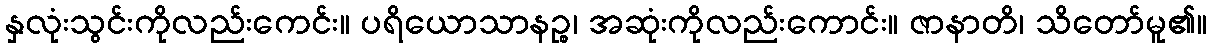
နှလုံးသွင်းကိုလည်းကေင်း။ ပရိယောသာနဉ္စ၊ အဆုံးကိုလည်းကောင်း။ ဇာနာတိ၊ သိတော်မူ၏။